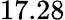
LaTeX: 17.28